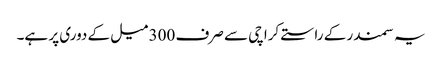
یہ سمندر کے راستے کراچی سے صرف 300 میل کے دوری پر ہے۔